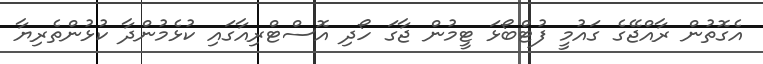
އެގޮތުން ރާއްޖޭގެ ގައުމީ ފުޓްބޯޅަ ޓީމުން ޖާގަ ހޯދި އޮސްޓްރިއާގައި ކުޅެމުންދާ ކުޅުންތެރިޔާ